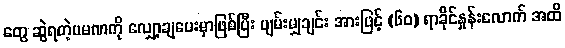
တွေ ဆွဲရတဲ့ပမဏကို လျှော့ချပေးမှာဖြစ်ပြီး ပျမ်းမျှချင်း အားဖြင့် (၆၀) ရာခိုင်နှုန်းလောက် အထိ